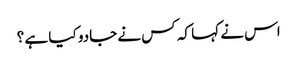
اس نے کہا کہ کس نے جادو کیا ہے ؟